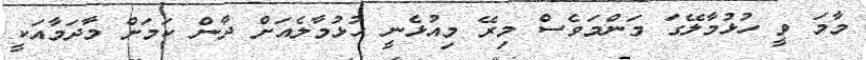
މާމަ ވީ ހުޅުމާލޭގަ މަންމަވެސް މިރޭ މިއުޅެނީ ހުޅުމާލެއަށް ދާން ކަމަށް މާދަމާއަކީ